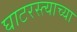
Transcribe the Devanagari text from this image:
घाटरस्त्याच्या